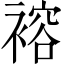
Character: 褣